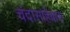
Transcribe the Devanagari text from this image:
चंदासाहेबास